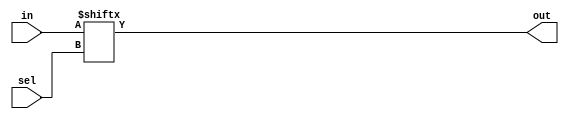
// Design a full-subtractor using suitable multiplexer.

/*
Truth Table
a,b,bin:diff,borrow
0,0,0  : 0  , 0
0,0,1  : 1  , 1
0,1,0  : 1  , 1
0,1,1  : 0  , 1
1,0,0  : 1  , 0
1,0,1  : 0  , 0
1,1,0  : 0  , 0
1,1,1  : 1  , 1

*/
module mux_8(output out,
             input [7:0] in,
             input [2:0] sel);

assign out = in[sel];
endmodule

module full_subtractor(output difference, borrow,
                       input a, b, bin);

mux_8 m0(difference,{1'b0,1'b1,1'b1,1'b0,1'b1,1'b0,1'b0,1'b1},{a,b,bin});
mux_8 m1(borrow,{1'b0,1'b1,1'b1,1'b1,1'b0,1'b0,1'b0,1'b1},{a,b,bin});

endmodule